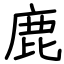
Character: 鹿